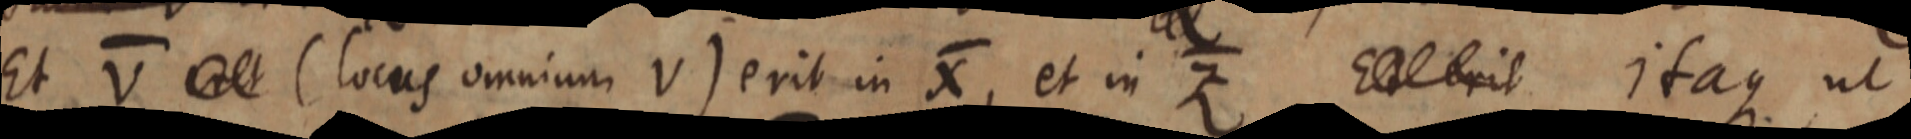
Et V _ (locus omnium V) erit in X, et in Z E _ erit itaque ut